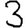
Digit: 3